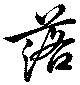
落